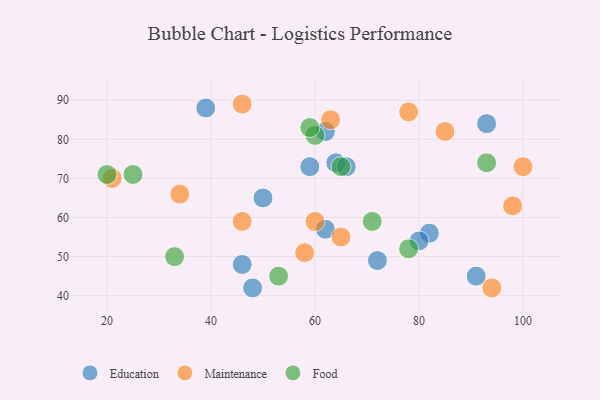
{"axis": {"x": "GDP", "y": "Life Expectancy"}, "legend": ["Education", "Food", "Maintenance"], "data": [{"x": "91", "y": 45, "type": "Education"}, {"x": "64", "y": 74, "type": "Education"}, {"x": "62", "y": 82, "type": "Education"}, {"x": "48", "y": 42, "type": "Education"}, {"x": "59", "y": 73, "type": "Education"}, {"x": "82", "y": 56, "type": "Education"}, {"x": "46", "y": 48, "type": "Education"}, {"x": "72", "y": 49, "type": "Education"}, {"x": "62", "y": 57, "type": "Education"}, {"x": "80", "y": 54, "type": "Education"}, {"x": "66", "y": 73, "type": "Education"}, {"x": "50", "y": 65, "type": "Education"}, {"x": "39", "y": 88, "type": "Education"}, {"x": "93", "y": 84, "type": "Education"}, {"x": "98", "y": 63, "type": "Maintenance"}, {"x": "94", "y": 42, "type": "Maintenance"}, {"x": "65", "y": 55, "type": "Maintenance"}, {"x": "78", "y": 87, "type": "Maintenance"}, {"x": "46", "y": 89, "type": "Maintenance"}, {"x": "85", "y": 82, "type": "Maintenance"}, {"x": "63", "y": 85, "type": "Maintenance"}, {"x": "21", "y": 70, "type": "Maintenance"}, {"x": "58", "y": 51, "type": "Maintenance"}, {"x": "46", "y": 59, "type": "Maintenance"}, {"x": "34", "y": 66, "type": "Maintenance"}, {"x": "100", "y": 73, "type": "Maintenance"}, {"x": "60", "y": 59, "type": "Maintenance"}, {"x": "60", "y": 81, "type": "Food"}, {"x": "78", "y": 52, "type": "Food"}, {"x": "71", "y": 59, "type": "Food"}, {"x": "93", "y": 74, "type": "Food"}, {"x": "53", "y": 45, "type": "Food"}, {"x": "25", "y": 71, "type": "Food"}, {"x": "20", "y": 71, "type": "Food"}, {"x": "65", "y": 73, "type": "Food"}, {"x": "59", "y": 83, "type": "Food"}, {"x": "33", "y": 50, "type": "Food"}]}